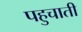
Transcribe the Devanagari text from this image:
पहुचाती